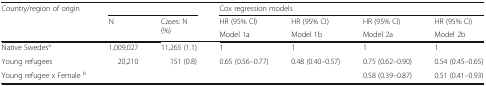
<table><thead><tr><td rowspan="3"><b>Country/region of origin</b></td><td colspan="2"></td><td colspan="4"><b>Cox regression models</b></td></tr><tr><td rowspan="2"><b>N</b></td><td rowspan="2"><b>Cases: N (%)</b></td><td><b>HR (95% CI)</b></td><td><b>HR (95% CI)</b></td><td><b>HR (95% CI)</b></td><td><b>HR (95% CI)</b></td></tr><tr><td><b>Model 1a</b></td><td><b>Model 1b</b></td><td><b>Model 2a</b></td><td><b>Model 2b</b></td></tr></thead><tbody><tr><td>Native Swedes<sup>a</sup></td><td>1,009,027</td><td>11,265 (1.1)</td><td>1</td><td>1</td><td>1</td><td>1</td></tr><tr><td>Young refugees</td><td>20,210</td><td>151 (0.8)</td><td>0.65 (0.56–0.77)</td><td>0.48 (0.40–0.57)</td><td>0.75 (0.62–0.90)</td><td>0.54 (0.45–0.65)</td></tr><tr><td>Young refugee x Female <sup>b</sup></td><td></td><td></td><td></td><td></td><td>0.58 (0.39–0.87)</td><td>0.51 (0.41–0.93)</td></tr></tbody></table>